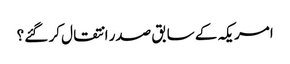
امریکہ کے سابق صدر انتقال کر گئے ؟